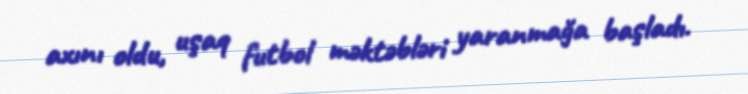
axını oldu, uşaq futbol məktəbləri yaranmağa başladı.